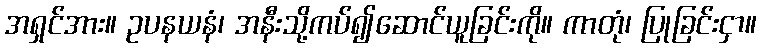
အရှင်အား။ ဥပနယနံ၊ အနီးသို့ကပ်၍ဆောင်ယူခြင်းကို။ ကာတုံ၊ ပြုခြင်းငှာ။